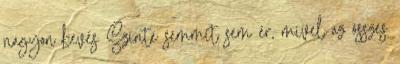
nagyon kevés Szinte semmit sem ér, mivel az összes